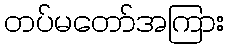
တပ်မတော်အကြား